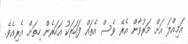
އަމިއްލަ އަށް މަރުވާން އެރޭ ވެސް އެތައް ފަހަރަކު އަހަރެން ހިތަށް އެރިއެވެ.